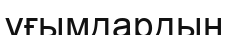
ұғымдардын